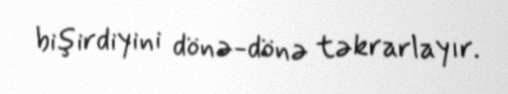
bişirdiyini dönə-dönə təkrarlayır.